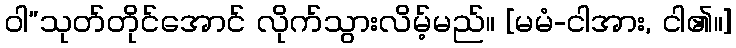
ဝါ”သုတ်တိုင်အောင် လိုက်သွားလိမ့်မည်။ [မမံ-ငါအား, ငါ၏။]